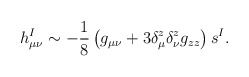
\begin{align*}h^I_{\mu\nu} \sim - \frac{1}{8} \left( g_{\mu\nu} + 3 \delta^z_\mu\delta^z_\nu g_{zz} \right) s^I.\end{align*}